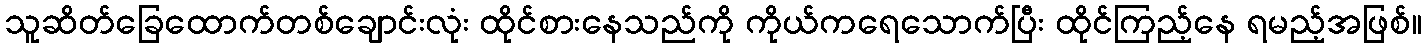
သူဆိတ်ခြေထောက်တစ်ချောင်းလုံး ထိုင်စားနေသည်ကို ကိုယ်ကရေသောက်ပြီး ထိုင်ကြည့်နေ ရမည့်အဖြစ်။